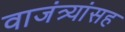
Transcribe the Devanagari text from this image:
वाजंत्र्यांसह